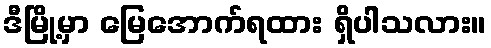
ဒီမြို့မှာ မြေအောက်ရထား ရှိပါသလား။